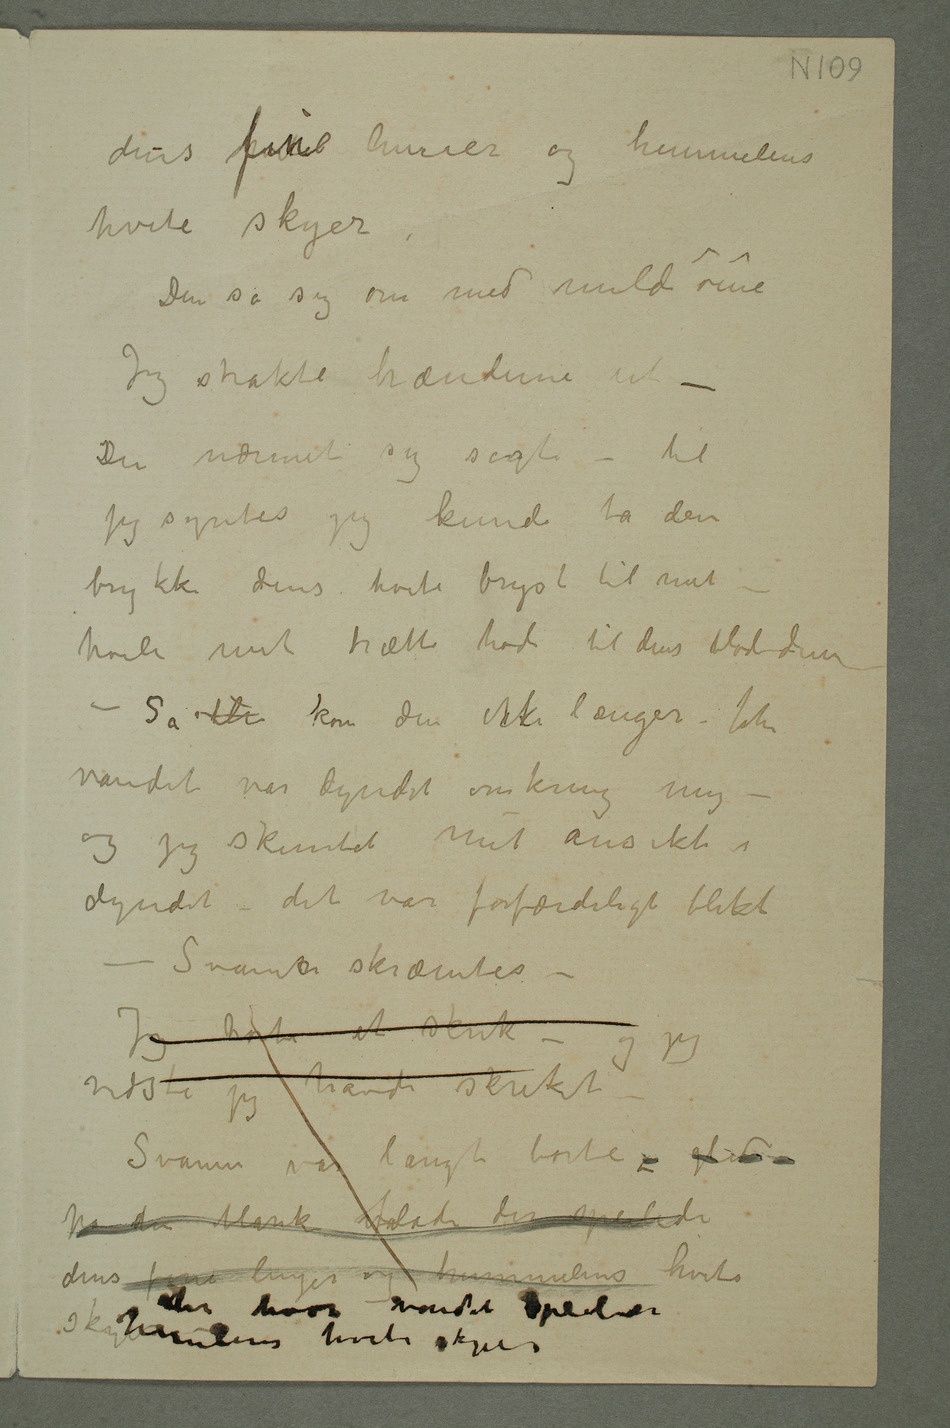
dens fine linier og himmelens
hvite skyer
Den så sig om med milde øine
Jeg strakte hænderne ut
– Den nærmet sig sagte – til
jeg syntes jeg kunde ta den
trykke dens hvite bryst til mit –
hvile mit trætte hode til dens bløde dun
– Så ble kom den ikke længer –
vandet var dyndet omkring mig –
og jeg skimtet mit ansikt i
dyndet – det var forfærdeligt blekt
– Svanen skræmtes –
Jeg hørte et skrik – og jeg vidste jeg havde
på den blanke flade der speilede dens fine linjer og himmelens